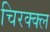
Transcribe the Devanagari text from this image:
चिरक्क्ल